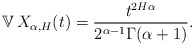
\begin{align*}\mathbb{V} \, X_{\alpha, H}(t)=\frac{t^{2H\alpha}}{2^{\alpha-1}\Gamma(\alpha+1)}.\end{align*}